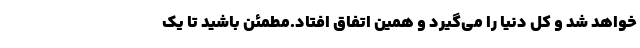
خواهد شد و کل دنیا را می‌گیرد و همین اتفاق افتاد.مطمئن باشید تا یک